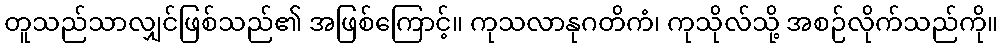
တူသည်သာလျှင်ဖြစ်သည်၏ အဖြစ်ကြောင့်။ ကုသလာနုဂတိကံ၊ ကုသိုလ်သို့ အစဉ်လိုက်သည်ကို။